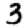
Digit: 3